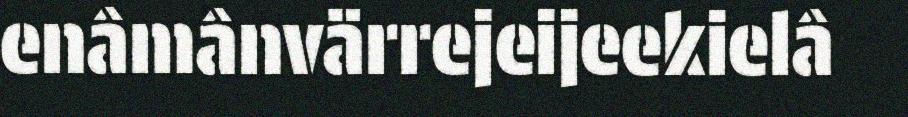
enâmânvärrejeijeekielâ